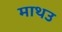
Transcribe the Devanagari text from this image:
माथउ